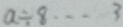
a \div 8 \cdots 3